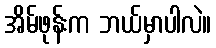
အိမ်ဖုန်းက ဘယ်မှာပါလဲ။